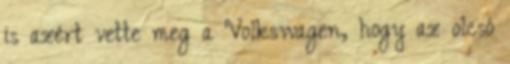
is azért vette meg a Volkswagen, hogy az olcsó